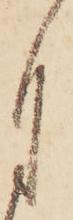
自